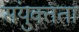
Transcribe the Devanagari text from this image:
संयु्क्तता